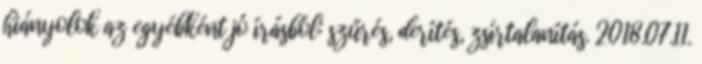
hiányolok az egyébként jó írásból: szűrés, derítés, zsírtalanítás. 2018.07.11.